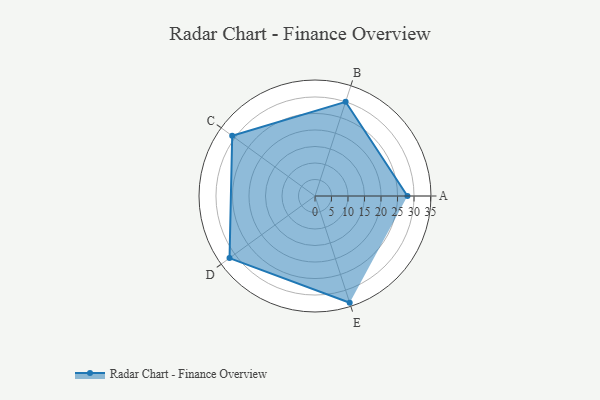
{"axis": {"x": "Skill", "y": "Score"}, "legend": ["Profile"], "data": [{"x": "A", "y": 28.0, "type": "Profile"}, {"x": "B", "y": 30.0, "type": "Profile"}, {"x": "C", "y": 31.0, "type": "Profile"}, {"x": "D", "y": 32.0, "type": "Profile"}, {"x": "E", "y": 34.0, "type": "Profile"}]}